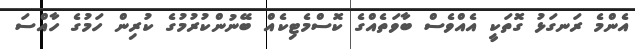
އެންމެ ރަނގަޅު ގޮތަކީ އެއްވެސް ބާވަތެއްގެ ކޮސްމެޓިކެއް ބޭނުންކުރުމުގެ ކުރިން ހަމުގެ ހާއްސަ